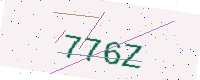
Text: 776Z